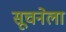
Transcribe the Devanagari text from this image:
सूचनेला